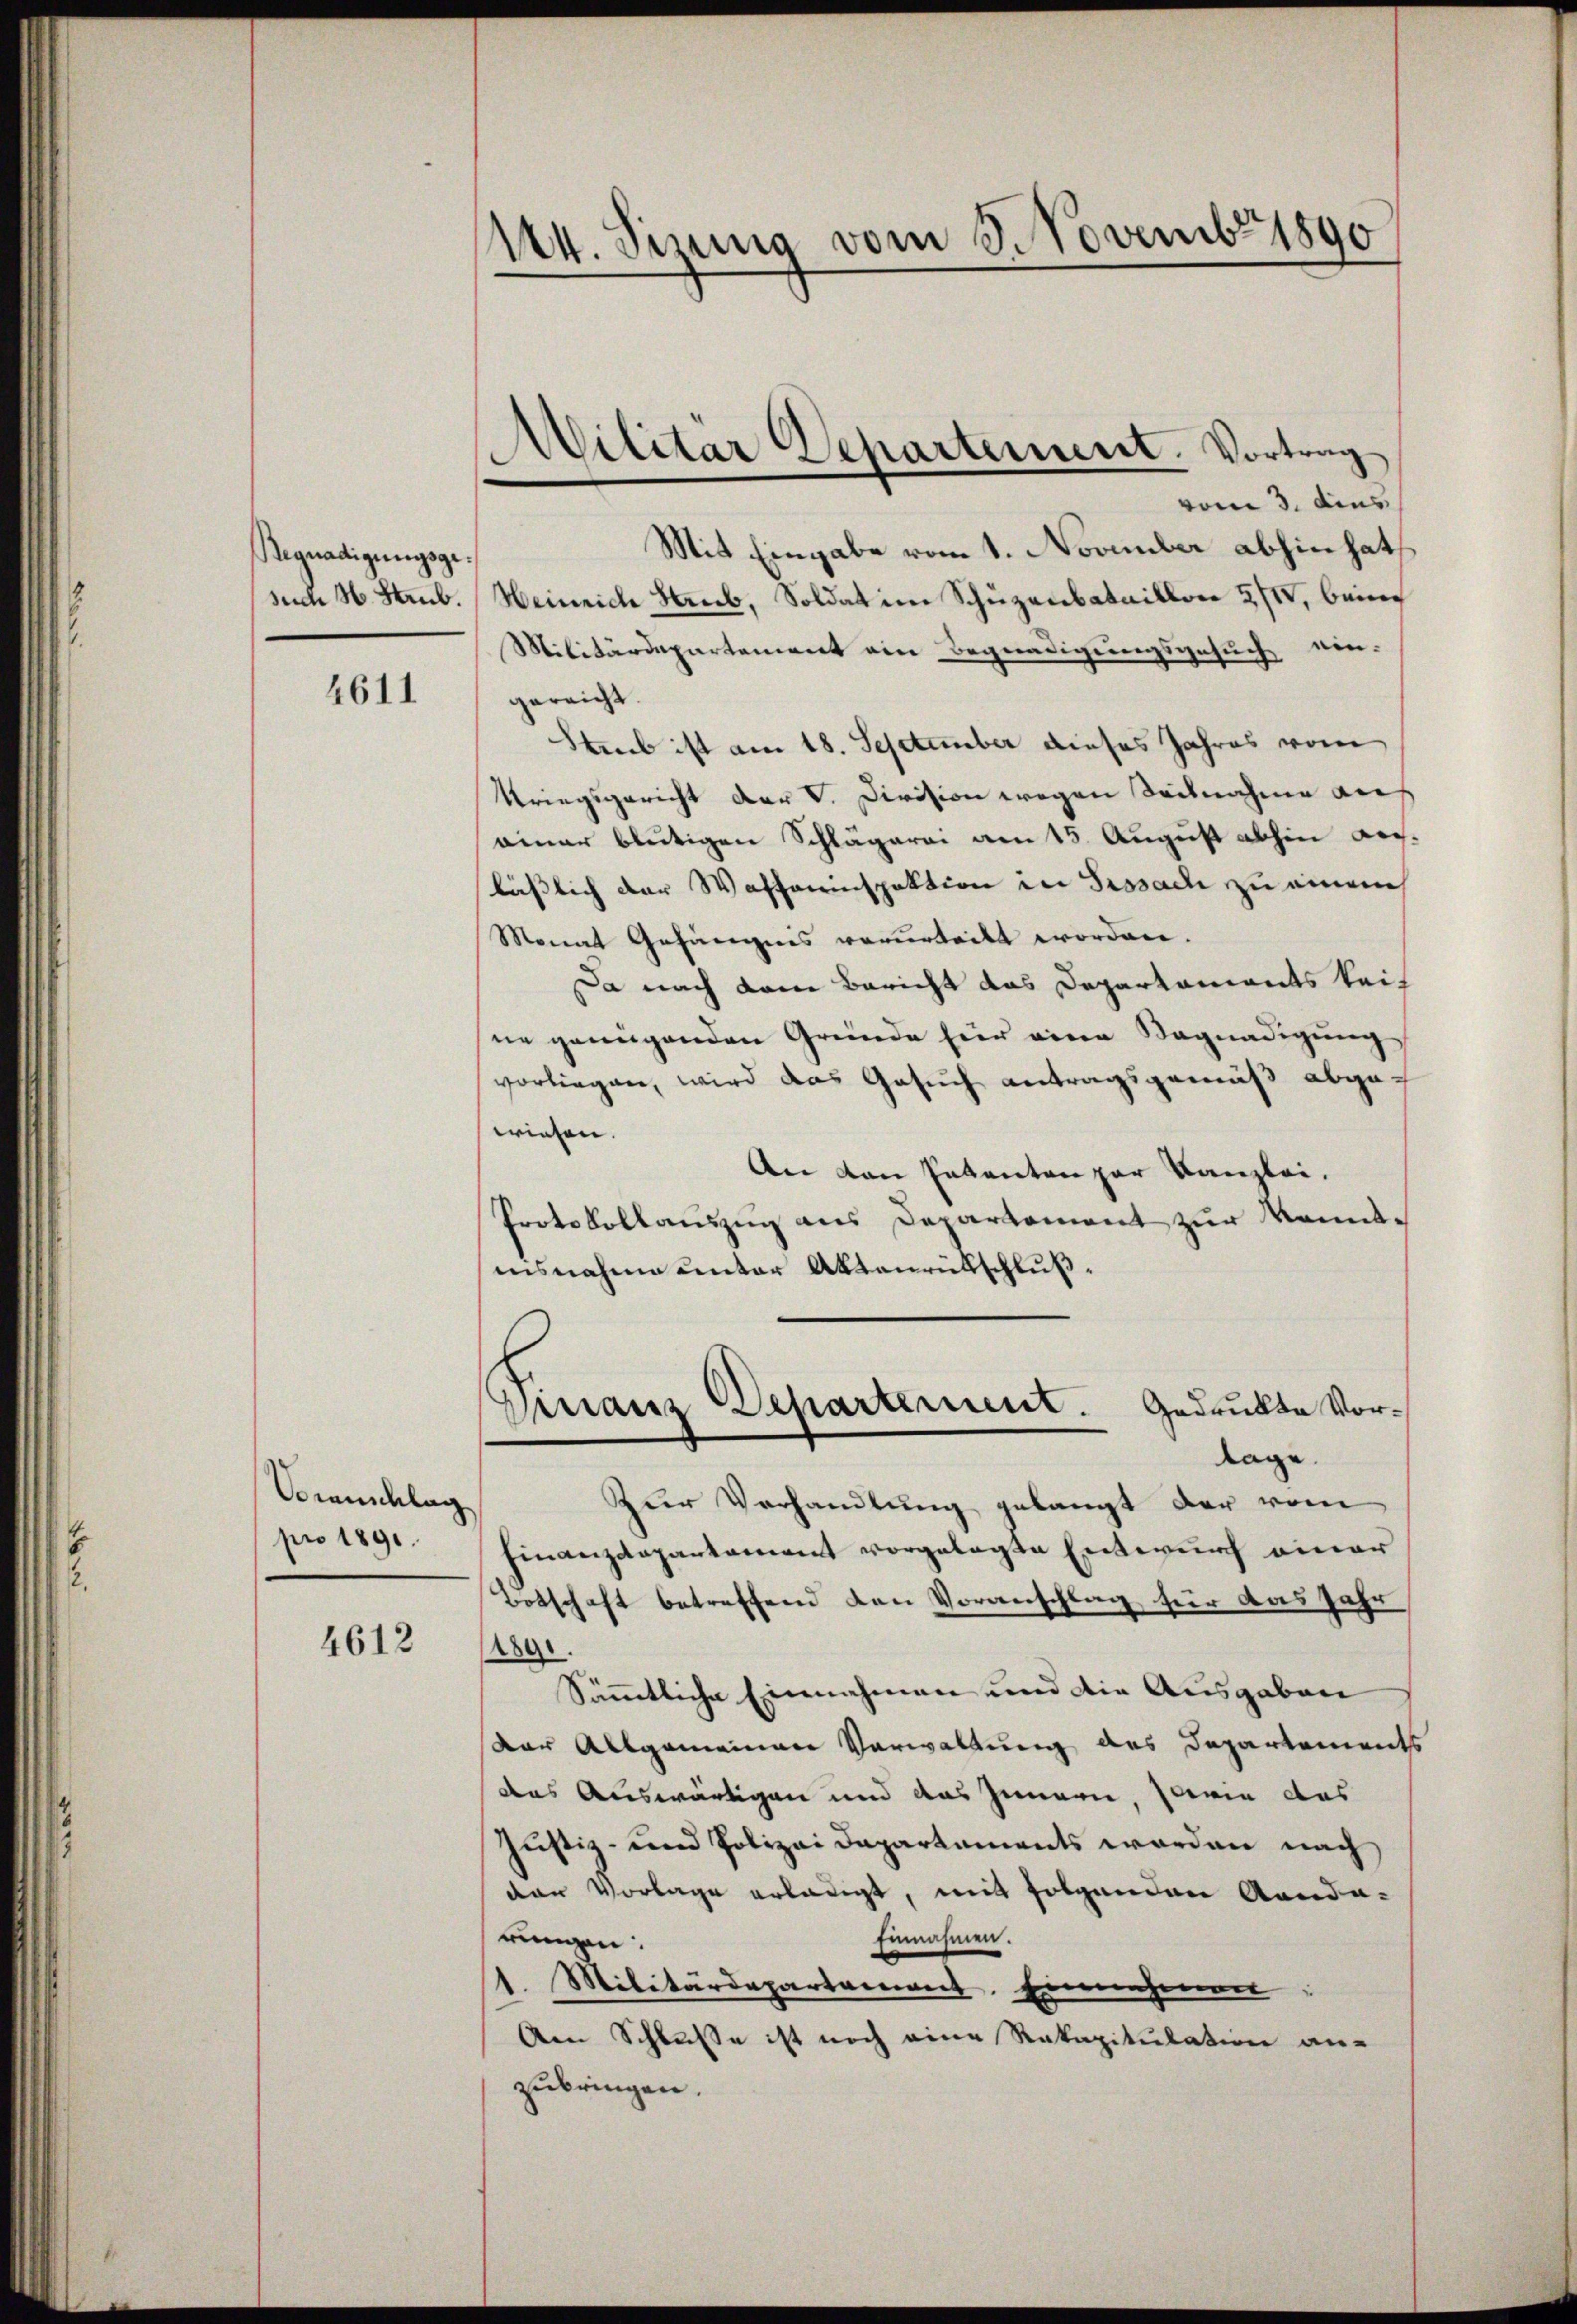
Regnadigungsge
such H. Staub.

4611

Ooranschlag
pro 1891.

4612

114. Sizung vom 3 Novembr 1890

Militär Departement. Vortrag

vom 3. dies
Mit Eingabe vom 1. November abhin hat
Heinrich Staub, Soldat im Schüzenbataillon 3/I, beim
Militärdepartement ein Begnadigungsgesuch ein-
gereicht.
Stib ist am 18. September dieses Jahres vom
Kriegsgericht der V. Division wegen Seilnahme auf
einer blutigen Schlägerei am 15. August abhin Reg.
lässlich der Waffeninspektion in Prosack zu einem
Monat Gefängnis vorurteilt worden.
Da nach dem Bericht das Departaments kein
ne genügenden Gründe für eine Begnadigung
vorliegen, wird das Gesuch antragsgemäß abgewiesen.
An von Pakanton zur Kanzlei.
Protokollauszug aus Departement zur Manntinsnahme unter Aktenrütschluß¬
Finanz Dehartement. Gedruckte Vorlage.
Zur Verhandlung gelangt der vom
Finanzdepartament vorgelegte Entwurf einer
Botschaft betreffend den Voranschlag für das Jahr
2890.
Sämmtliche Einnehmen und die Ausgaben
der Allgemeinere Verwaltung des Departements
das Auswärtigen und das Innern, sowie das
Justiz- und Polizei Departements worden nach
der Vorlage erledigt, mit folgenden Randa-
Einnahmen.
rungen:
1. Militärdepartement. Einnahmen,
Am Schlusse ist noch eine Rakapitulation an-
zubringen.